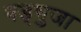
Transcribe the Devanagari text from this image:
षड्भुजा